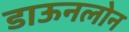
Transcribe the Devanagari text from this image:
डाऊनलोन